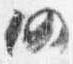
仍